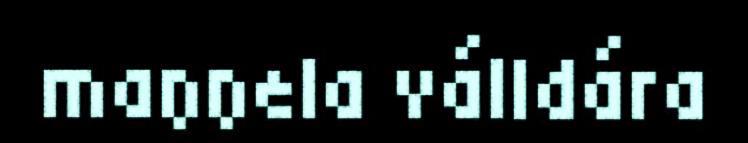
maŋŋela válldára